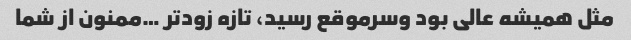
مثل همیشه عالی بود وسرموقع رسید، تازه زودتر …ممنون از شما